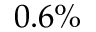
0 . 6 \%